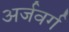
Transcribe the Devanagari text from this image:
अर्जवर्ग